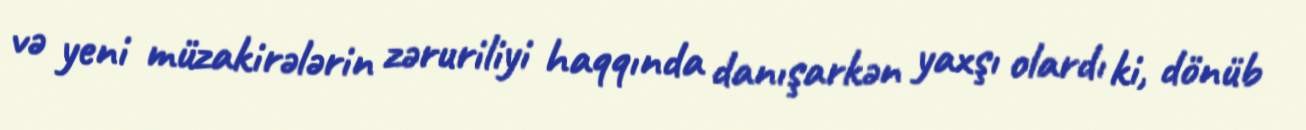
və yeni müzakirələrin zəruriliyi haqqında danışarkən yaxşı olardı ki, dönüb